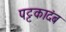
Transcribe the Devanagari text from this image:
पट्टकादंब